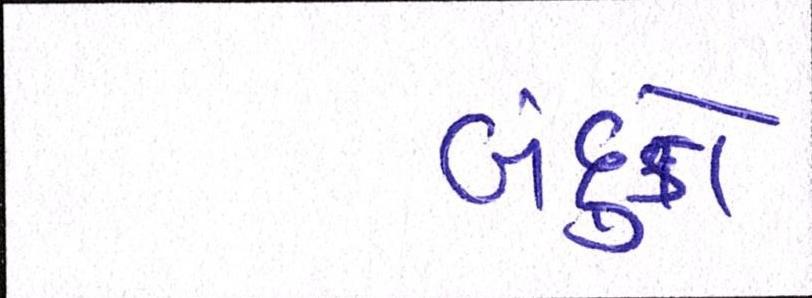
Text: બંદુકો